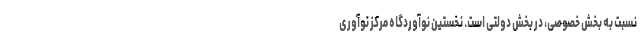
نسبت به بخش خصوصی، در بخش دولتی است. نخستین نوآوردگاه مرکز نوآوری